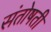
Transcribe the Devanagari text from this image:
संतोषती